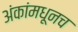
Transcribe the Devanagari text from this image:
अंकांमधूनच